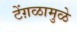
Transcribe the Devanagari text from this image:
टेंग़ळामुळे